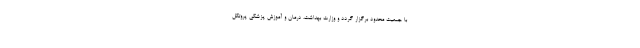
با جمعیت محدود برگزار گردد و وزارت بهداشت، درمان و آموزش پزشکی پروتکل